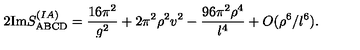
2 \mathrm { I m } S _ { \mathrm { A B C D } } ^ { ( I A ) } = \frac { 1 6 \pi ^ { 2 } } { g ^ { 2 } } + 2 \pi ^ { 2 } \rho ^ { 2 } v ^ { 2 } - \frac { 9 6 \pi ^ { 2 } \rho ^ { 4 } } { l ^ { 4 } } + O ( \rho ^ { 6 } / l ^ { 6 } ) .